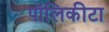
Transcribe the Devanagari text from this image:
पॉलिकीटा